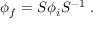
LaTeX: \phi _ { f } = S \phi _ { i } S ^ { - 1 } ~ .